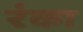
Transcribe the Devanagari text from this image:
रंका